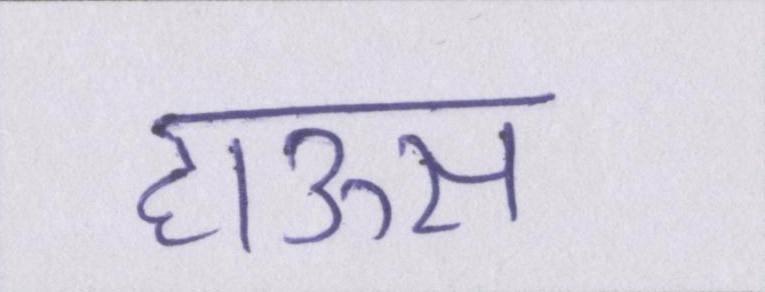
हाऊस